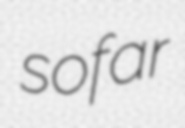
sofar